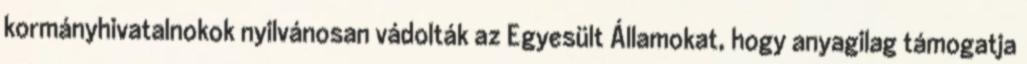
kormányhivatalnokok nyilvánosan vádolták az Egyesült Államokat, hogy anyagilag támogatja